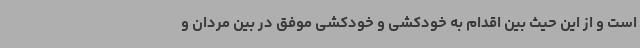
است و از این حیث بین اقدام به خودکشی و خودکشی موفق در بین مردان و